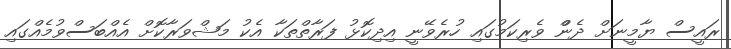
ރައީސް ޔާމީނަށް ދެންް ވެރިކަމުގައި ހުރެވޭނީ އިދިކޮޅު ފަރާތްތަކާ އެކު މަޝްވަރާކޮށް އެއްބަސްވުމެއްްގައި